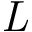
\textit { L }